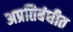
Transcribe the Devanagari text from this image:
अप्रतिबंधीत